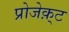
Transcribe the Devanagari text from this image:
प्रोजेक़्ट